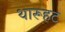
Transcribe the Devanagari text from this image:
थारूहट